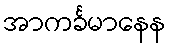
အာကင်္ခမာနေန